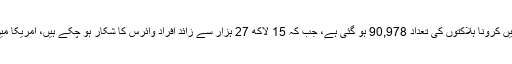
گزشتہ چوبیس گھنٹوں کے دوران امریکا میں 865 اموات ہوئیں، جس سے امریکا میں کرونا ہلاکتوں کی تعداد 90,978 ہو گئی ہے، جب کہ 15 لاکھ 27 ہزار سے زائد افراد وائرس کا شکار ہو چکے ہیں، امریکا میں گزشتہ چوبیس گھنٹوں کے دوران مزید 19 ہزار سے زائد نئے کیسز سامنے آئے۔